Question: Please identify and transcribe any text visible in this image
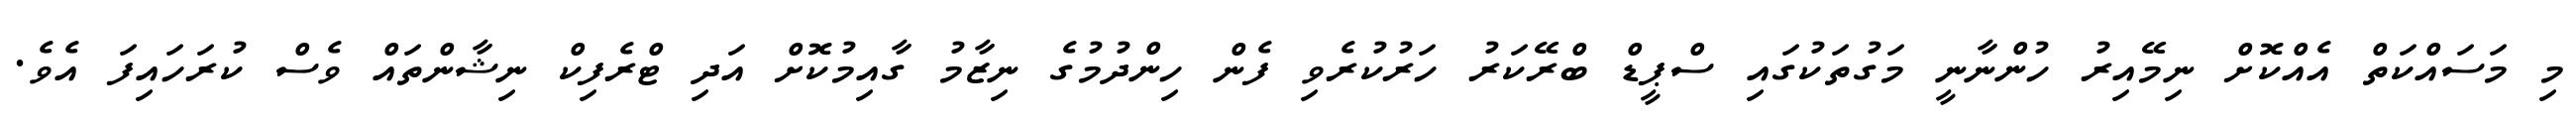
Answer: މި މަސައްކަތް އެއްކޮށް ނިމޭއިރު ހުންނާނީ މަގުތަކުގައި ސްޕީޑް ބްރޭކަރު ހަރުކުރެވި ފެން ހިންދުމުގެ ނިޒާމު ގާއިމުކޮށް އަދި ޓްރެފިކް ނިޝާންތައް ވެސް ކުރަހައިފަ އެވެ.